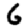
Digit: 6